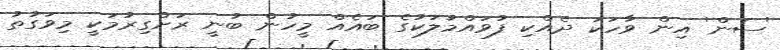
'ސަން' އިން ވާހަކަ ދެއްކި ފުވައްމުލަކުގެ ބައެއް މީހުން ބުނީ ރަށްގިރުމަކީ މިވަގުތު